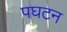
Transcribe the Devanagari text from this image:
पघटन